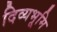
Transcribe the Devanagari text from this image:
दिव्यभूमि